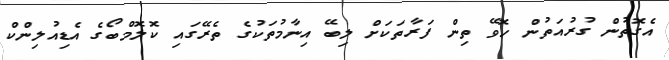
އެގޮތުން ގުރުއަތުން ހޮވޭ ތިން ފަރާތަކަށް ލިބޭ އިނާމުތަކުގެ ތެރޭގައި ކޮލޮމްބޯގެ އެޑިއުލިންކް